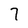
Character: 7